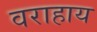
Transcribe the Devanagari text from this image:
वराहाय